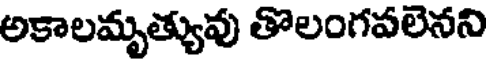
అకాలమృత్యువు తొలంగవలెనని